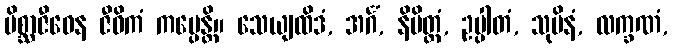
မိစ္ဆာဇီဝေန ဇီဝိကံ ကပ္ပေန္တိ။ သေယျထိဒံ, အင်္ဂံ, နိမိတ္တံ, ဥပ္ပါတံ, သုပိနံ, လက္ခဏံ,